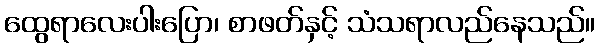
ထွေရာလေးပါးပြော၊ စာဖတ်နှင့် သံသရာလည်နေသည်။